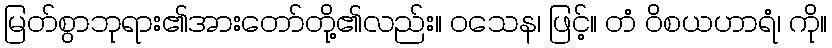
မြတ်စွာဘုရား၏အားတော်တို့၏လည်း။ ဝသေန၊ ဖြင့်။ တံ ဝိစယဟာရံ၊ ကို။